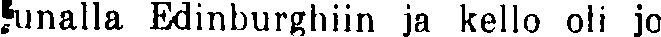
junalla Edinburghiin ja kello oli jo